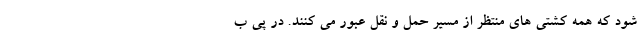
شود که همه کشتی های منتظر از مسیر حمل و نقل عبور می کنند. در پی ب